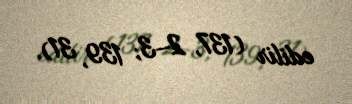
edilir (137, 2–3; 139, 31).